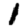
Digit: 1